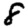
Digit: 8